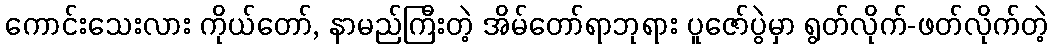
ကောင်းသေးလား ကိုယ်တော်, နာမည်ကြီးတဲ့ အိမ်တော်ရာဘုရား ပူဇော်ပွဲမှာ ရွတ်လိုက်-ဖတ်လိုက်တဲ့